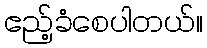
ဧည့်ခံစေပါတယ်။